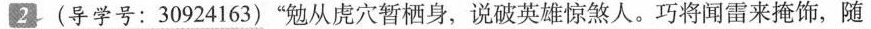
2(导学号：30924163)”勉从虎穴暂栖身，说破英雄惊煞人。巧将闻雷来掩饰，随